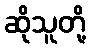
ဆိုသူတို့